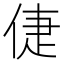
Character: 倢